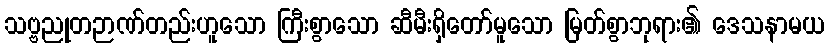
သဗ္ဗညုတဉာဏ်တည်းဟူသော ကြီးစွာသော ဆီမီးရှိတော်မူသော မြတ်စွာဘုရား၏ ဒေသနာမယ